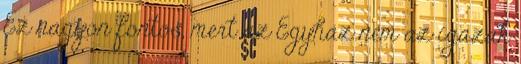
Ez nagyon fontos, mert az Egyház nem az igazak